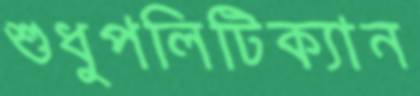
শুধুপলিটিক্যান